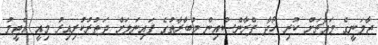
ޖާމަނީގެ މައްޗަށް ކުރި ހޯދާ ފްރާންސްއިން މުބާރާތުގެ ފައިނަލަށް ދަތުރުކުރިއިރު މިއީ އެޓީމު